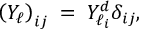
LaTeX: \left( Y _ { \ell } \right) _ { i j } \; = \; Y _ { \ell _ { i } } ^ { d } \delta _ { i j } ,